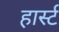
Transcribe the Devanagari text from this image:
हार्स्ट